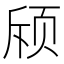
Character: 𬱘